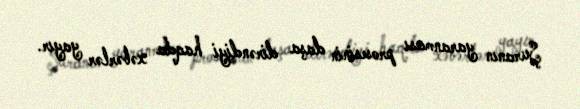
Şuranın yaranması prosesinin daşa dirəndiyi haqda xəbərlər yayır.